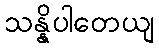
သန္နိပါတေယျ